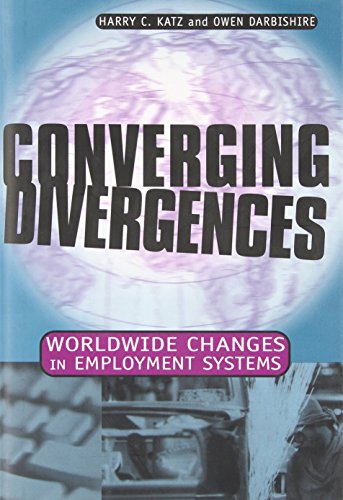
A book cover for Converging Divergences: Worldwide Changes in Employment Systems (Cornell Studies in Industrial and Labor Relations); Harry C. Katz; Business & Money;